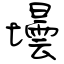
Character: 壜